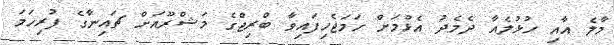
މާލެ އާއި ހުޅުލެއާ ދެެމެދު އެޅުމަށް ހަމަޖެހިފައިވާ ބްރިޖްގެ މަޝްރޫއަށް ޗައިނާގެ ފުރިހަމަ